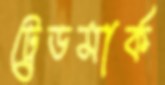
ট্রেডমার্ক